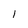
Character: l